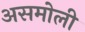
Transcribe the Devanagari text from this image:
असमोली